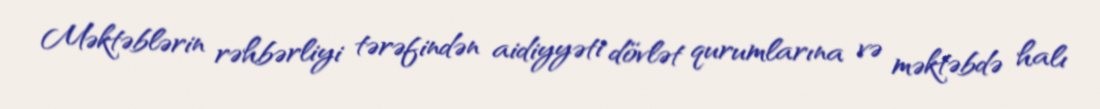
Məktəblərin rəhbərliyi tərəfindən aidiyyəti dövlət qurumlarına və məktəbdə halı